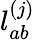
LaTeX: \mathcal{l}_{ab}^{(j)}